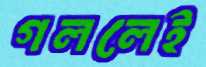
গললেই